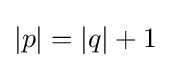
|p|=|q|+1